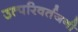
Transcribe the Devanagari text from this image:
उत्परिवर्तजनी